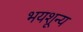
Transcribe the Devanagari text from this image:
भयशून्य